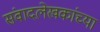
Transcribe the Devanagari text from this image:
संवादलेखकांच्या